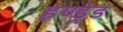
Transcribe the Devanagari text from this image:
हण्ड्रेड